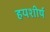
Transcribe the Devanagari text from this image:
हयशीर्ष